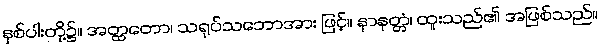
နှစ်ပါးတို့၌။ အတ္ထတော၊ သရုပ်သဘောအား ဖြင့်။ နာနတ္တံ၊ ထူးသည်၏ အဖြစ်သည်။